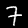
Label: 7